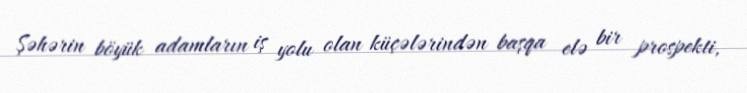
Şəhərin böyük adamların iş yolu olan küçələrindən başqa elə bir prospekti,